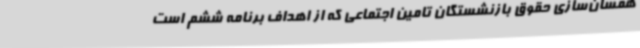
همسان‌سازی حقوق بازنشستگان تامین اجتماعی که از اهداف برنامه ششم است